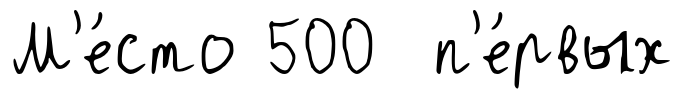
М'е́сто 500 п'е́рвых